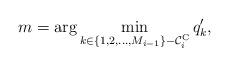
LaTeX: \begin{align*} m = \arg \min \limits _{k \in \{1,2, \dots, M_{i-1}\}- \mathcal{C}^{\rm C}_i} q'_k,\end{align*}